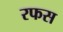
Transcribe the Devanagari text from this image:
रफस